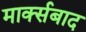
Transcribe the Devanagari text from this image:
मार्क्सबाद